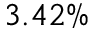
3 . 4 2 \%